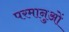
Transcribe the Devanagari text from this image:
परमानुओं